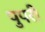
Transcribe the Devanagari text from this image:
पुपरी